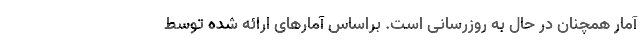
آمار همچنان در حال به روزرسانی است. براساس آمارهای ارائه شده توسط